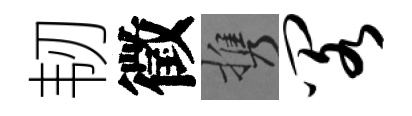
韧徵携阁